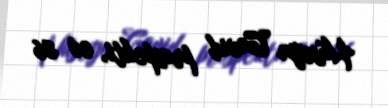
Hüseyn Cavid prospekti, ev 86